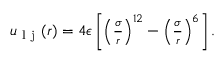
\begin{array} { r } { u _ { \mathrm { ~ l ~ j ~ } } ( r ) = 4 \epsilon \left[ \left( \frac { \sigma } { r } \right) ^ { 1 2 } - \left( \frac { \sigma } { r } \right) ^ { 6 } \right] . } \end{array}